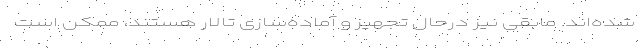
شده‌اند. مابقی نیز درحال تجهیز و آماده‌سازی تالار هستند، ممکن است